Report on the working of the mental hospitals for Indians in Bihar and Orissa - 1925-1929
Year: 1925
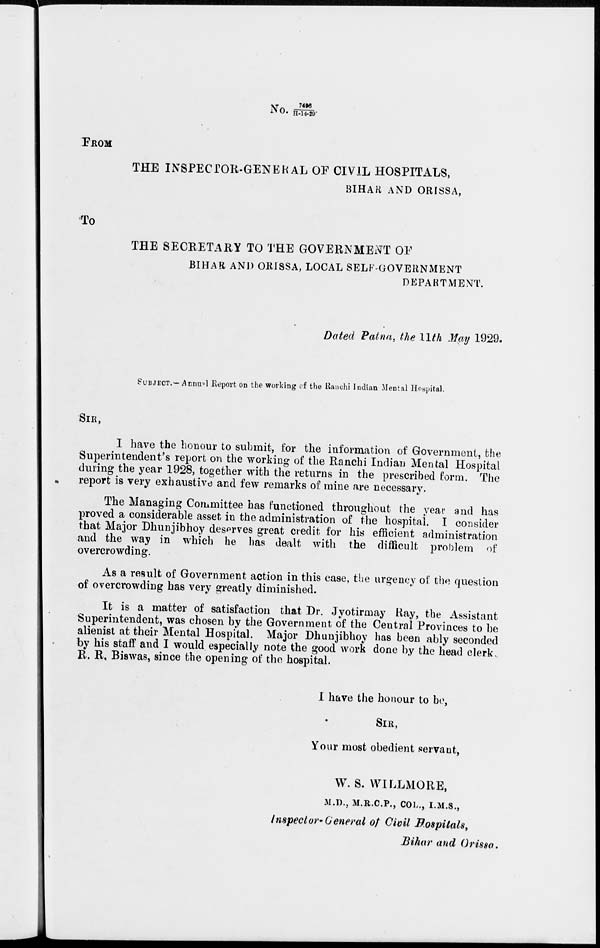
No. 7496/ H-14-29*
FROM
THE INSPECTOR-GENERAL OF CIVIL HOSPITALS,
BIHAR AND ORISSA,
To
THE SECRETARY TO THE GOVERNMENT OF
BIHAR AND ORISSA, LOCAL SELF-GOVERNMENT
DEPARTMENT.
Dated Patna, the 11th May 1929.
SUBJECT.— Annual Report on the working of the Ranchi Indian Mental Hospital.
SIR,
I have the honour to submit, for the information of Government, the
Superintendent's report on the working of the Ranchi Indian Mental Hospital
during the year 1928, together with the returns in the prescribed form. The
report is very exhaustive and few remarks of mine are necessary.
The Managing Committee has functioned throughout the year and has
proved a considerable asset in the administration of the hospital. I consider
that Major Dhunjibhoy deserves great credit for his efficient administration
and the way in which he has dealt with the difficult problem of
overcrowding.
As a result of Government action in this case, the urgency of the question
of overcrowding has very greatly diminished.
It is a matter of satisfaction that Dr. Jyotirmay Ray, the Assistant
Superintendent, was chosen by the Government of the Central Provinces to be
alienist at their Mental Hospital. Major Dhunjibhoy has been ably seconded
by his staff and I would especially note the good work done by the head clerk,
R. R. Biswas, since the opening of the hospital.
I have the honour to be,
SIR,
Your most obedient servant,
W. S. WILLMORE,
M.D., M.R.C.P., COL., I.M.S.,
Inspector-General of Civil Hospitals,
Bihar and Orissa.